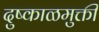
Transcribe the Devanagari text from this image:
दुष्काळमुक्ती